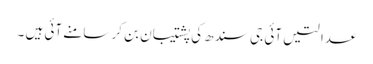
عدالتیں آئی جی سندھ کی پشتیبان بن کر سامنے آئی ہیں ۔